Scottish Leaving Certificate Examination, 1951
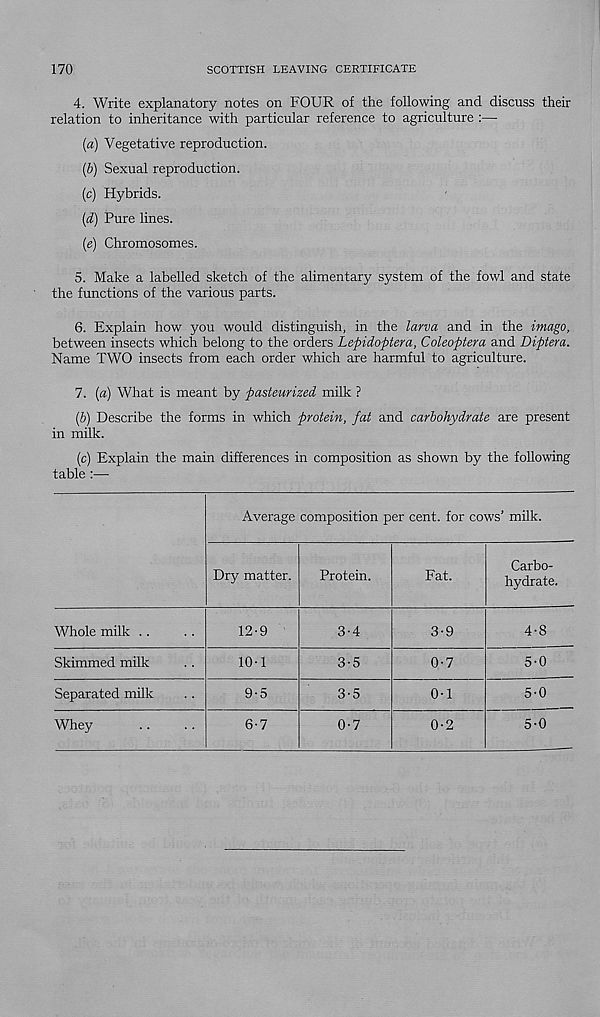
170
SCOTTISH LEAVING CERTIFICATE
4. Write explanatory notes on FOUR of the following and discuss their
relation to inheritance with particular reference to agriculture :—
{a) Vegetative reproduction.
(6) Sexual reproduction.
[c) Hybrids.
[d) Pure lines.
[e) Chromosomes.
5. Make a labelled sketch of the alimentary system of the fowl and state
the functions of the various parts.
6. Explain how you would distinguish, in the larva and in the imago,
between insects which belong to the orders Lepidoptera, Coleoptera and Diptera.
Name TWO insects from each order which are harmful to agriculture.
7. (a) What is meant by pasteurized milk ?
(6) Describe the forms in which protein, fat and carbohydrate are present
in milk.
(c) Explain the main differences in composition as shown by the following
table :—